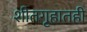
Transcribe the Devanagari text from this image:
शीतगृहातही